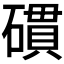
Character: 𥖏